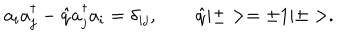
a _ { i } a _ { j } ^ { \dagger } - \hat { q } a _ { j } ^ { \dagger } a _ { i } = \delta _ { i j } , \qquad \hat { q } | \pm > = \pm 1 | \pm > .